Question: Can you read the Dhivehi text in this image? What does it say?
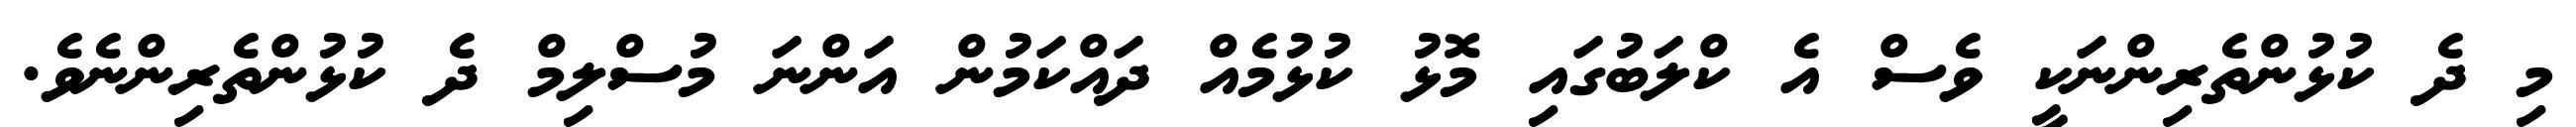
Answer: މި ދެ ކުޅުންތެރިންނަކީ ވެސް އެ ކްލަބުގައި މޮޅު ކުޅުމެއް ދައްކަމުން އަންނަ މުސްލިމް ދެ ކުޅުންތެރިންނެވެ.